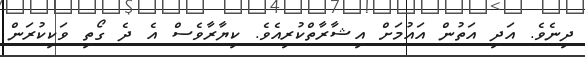
ދިނެވެ. އަދި އަތުން އައުމަށް އިޝާރާތްކުރިއެވެ. ކިޔާރާވެސް އެ ދެ ގޯތި ވަކިކުރަން